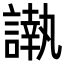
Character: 𮘰